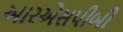
આરએસપીબી